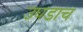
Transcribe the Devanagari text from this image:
उघडाच